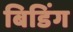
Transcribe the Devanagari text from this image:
बिडिंग